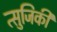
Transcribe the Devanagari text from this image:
त्सुजिकी